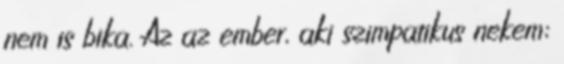
nem is bika. Az az ember, aki szimpatikus nekem;